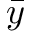
\bar { y }